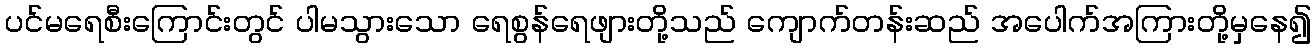
ပင်မရေစီးကြောင်းတွင် ပါမသွားသော ရေစွန်ရေဖျားတို့သည် ကျောက်တန်းဆည် အပေါက်အကြားတို့မှနေ၍